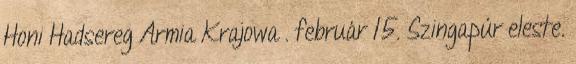
Honi Hadsereg Armia Krajowa . február 15. Szingapúr eleste.